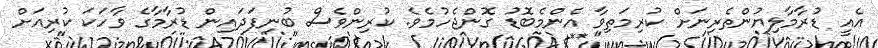
އެއީ ޑުރާމާލިޔުންތެރިނަށް ކުރިމަތިވާ އެންމެބޮޑު ގޮންޖެހުމެވެ. ކުރިންވެސް ބުނިފަދައިން ޑުރާމާގެ ވާހަކަ ކުރިއަށް